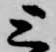
上